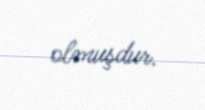
olmuşdur.